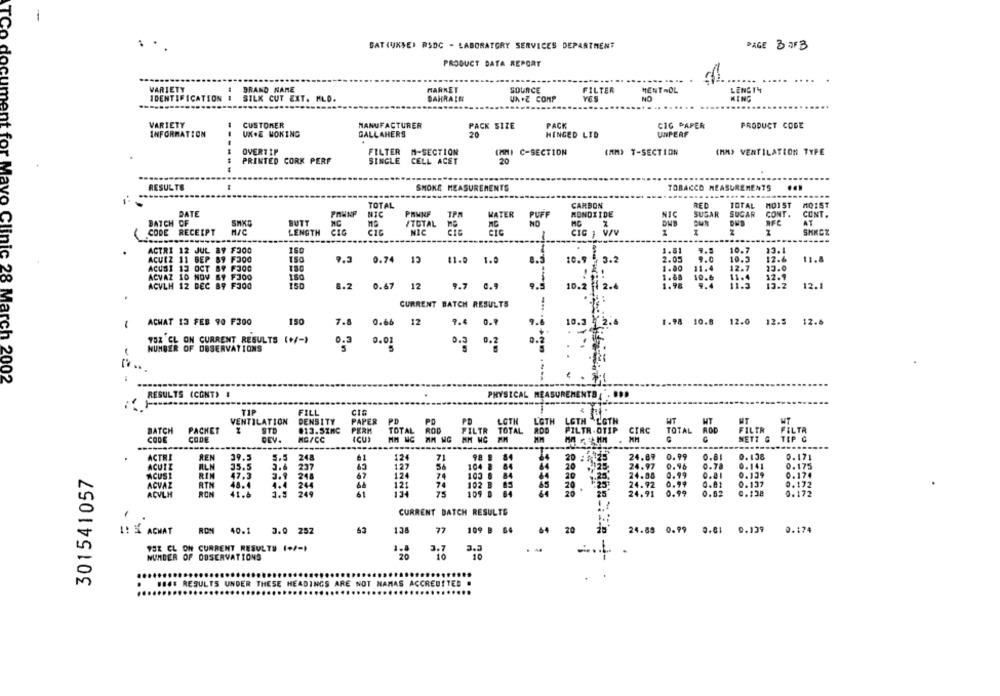
-
BAT (UKSE) PSDC - LABORATORY SERVICES DEPARTMENT
PAGE 3OF3
PRODUCT DATA REPORT
... ....
VARIETY
BRAND NAME
MARKET
SOURCE
FILTER
MENTHOL
LENGTH
IDENTIFICATION !
SILK CUT EXT. MLD.
BAHRAIN
UN+Z COMP
NO
KING
VARIETY
CUSTOMER
MANUFACTURER
PACK SIZE
PACK
CIG PAPER
PRODUCT CODE
nt
INFORMATION
UK.E WOKING
GALLAHERS
20
HINGED LID
UNPERF
OVERTIP
FILTER M-SECTION
(MM) C-SECTION
(MM) T-SECTION
(MM) VENTILATION TYPE
PRINTED CORK PERF
20
SINGLE CELL ACET
RESULTS
SMOKE MEASUREMENTS
TOTAL
CARBON
RED
TOTAL
MO1 ST
MO15T
DATE
NIC
PHWNF
TPM
KATER
PUFF
MONDIIDE
NIC
SUGAR
SUGAR
CONT.
CONT.
BATCH OF
SHXD
BUTT
/TOTAL
MC
NO
MC
AT
CIC
CODE RECEIPT
LENGTH
NIC
CIC
CIG
SHKCZ
---
ACTRI 12 JUL 89 F300
160
1.81
10.7
13.1
ACUEZ 11 BEP 89 F300
2.05
9.0
10.3
12.6
11.8
9.3 0.74 13
9.3
41.0 1.0
n
10.9
3.2
ACUSI 13 OCT 89 F300
1.80
11.4
12.7
23.0
ACVAZ 10 NOV ST FJ00
150
1.68
10.6
11.4
12.9
ACVLH 12 DEC 89 FJ00
150
6.2
0.67
12
9.7 0.9
9.5
10.
2.4
1.98
9.4
11.3
13.2
12.1
CURRENT BATCH RESULTS
150
ACHAT 13 FEB 90 F300
7.8
0.66 12
7.4 0.7
10.3
1.98 10.8 12.0 12.5 12.6
TOX CL ON CURRENT RESULTS (+/-)
0.3
0.02
0.2
NUMBER OF OBSERVATIONS
5
D.ª D.2
: 28 March 2002
RESULTS (CONT) #
.
PHYSICAL MEASUREMENTS . . BOD
----
TIP
FILL
VENTILATION
DENSITY
PAPER
PD
PO
PD
LOTH
LGTH
LGTH LOTH
WT
HT
BATCH
PACKET
STR
013.5INC
PERM
TOTAL
BOR
FILTR
TOTAL
PILTR-OTIP
CIRC
TOTAL
ROD
CODE
COOF
DEV.
MG/CC
ICU
FILER CILTA
-------
NETT & TIP G
ACTRI
REN
39.5
5.5
248
124
71
98 8
84
20 : 25
24.89
0.99
0.81
0.138
0.171
ACUIZ
RLN
35.5
237
127
104 8
24.97
0.96
0.78
0.141
0.175
301541057
24.88
ACUSE
RIN
47.3
218
67
124
74
103 6
20
0.99
0.81
0.139
0.174
ACVAZ
RTN
48.4
4.4
244
121
74
102 B 85
20
25
24.92
0.99
0.81
0.137
0.172
ACVLM
ROM
41.8
249
61
75
109 0 84
25
24.91
0.99
0.62
0.138
0.172
-
CURRENT DATCH RESULTS
.
77 109 B 64
64
20
24.85 0.99 0.81 0.139
0.174
1: 35 ACHAT
RON 40.1
3.0 252
138
YBE CL ON CURRENT RESULTS (+/-)
3.3
NUMBER OF OBSERVATIONS
.
. .... RESULTS UNDER THESE HEADINGS ARE NOT MAMAS ACCREDITED .